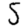
Digit: 5